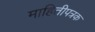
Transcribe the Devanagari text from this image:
माहितीपत्रक